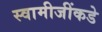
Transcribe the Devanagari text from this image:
स्वामीजींकडे